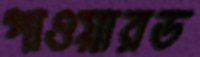
পাওয়ারড